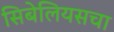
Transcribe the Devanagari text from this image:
सिबेलियसचा